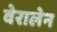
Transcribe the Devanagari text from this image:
वेरालेन